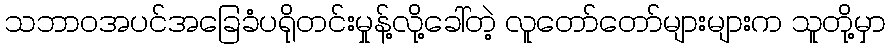
သဘာဝအပင်အခြေခံပရိုတင်းမှုန့်လို့ခေါ်တဲ့ လူတော်တော်များများက သူတို့မှာ